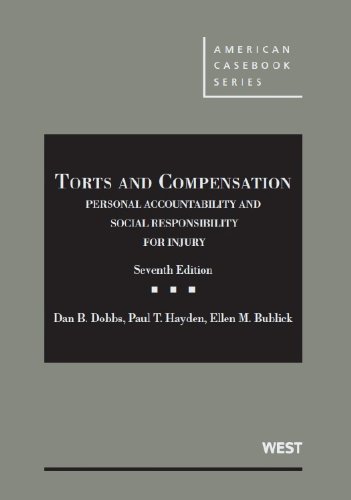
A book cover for Torts and Compensation, Personal Accountability and Social Responsibility for Injury (American Casebook Series); Dan Dobbs; Law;